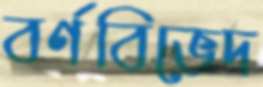
বর্ণবিভেদ